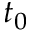
t _ { 0 }